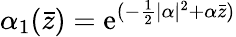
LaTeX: \alpha_{1}(\bar{z})=\mathrm{e}^{(-\frac 12\vert\alpha\vert^{2}+\alpha{\bar{z}})}